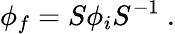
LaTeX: \phi_{f}=S\phi_{i}S^{-1}~.